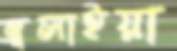
জ্বলাইয়া